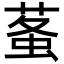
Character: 𧊮